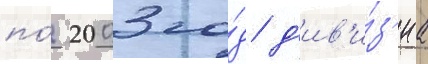
по́ 2003 го́д д'ив'и́з'иа